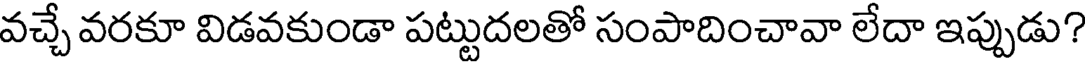
వచ్చే వరకూ విడవకుండా పట్టుదలతో సంపాదించావా లేదా ఇప్పుడు?